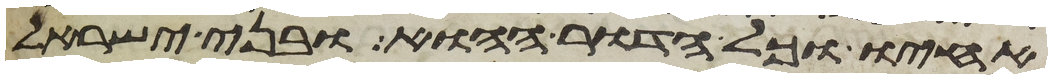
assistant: אחיו וכל הדור ההוא ובני ישראל